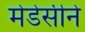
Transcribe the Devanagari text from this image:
मेडेसीने